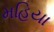
મહિયા